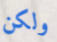
ولكن